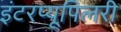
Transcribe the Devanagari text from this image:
इंटरप्यूपिलरी